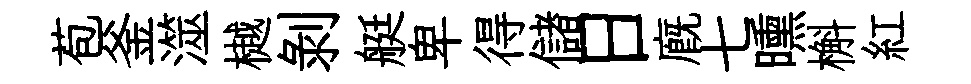
苞釜澨樾剝艇卑得儲日廐七曛槲紅